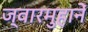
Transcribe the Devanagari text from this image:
ज्वारमुहानें